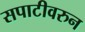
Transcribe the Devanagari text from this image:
सपाटीवरुन